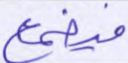
فيطمع